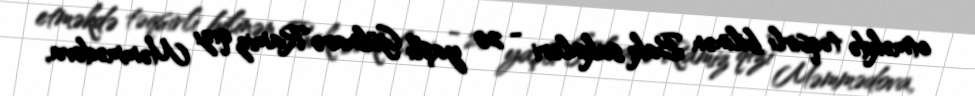
etməkdə təqsirli bilinən Bakı sakinləri - 20 yaşlı Gülnarə Ramiz qızı Məmmədova,